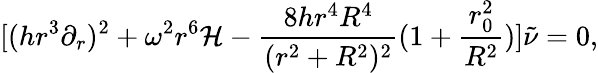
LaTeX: [(hr^{3}\partial_{r})^{2}+\omega^{2}r^{6}{\mathcal H}-\frac{8hr^{4}R^{4}}{(r^{2}+R^{2})^{2}}(1+\frac{r_{0}^{2}}{R^{2}})]\tilde{\nu}=0,